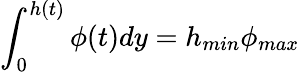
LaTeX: \int_{0}^{h(t)}\phi(t)dy=h_{min}\phi_{max}